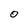
Character: 0